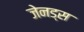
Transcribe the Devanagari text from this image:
जेनड्स